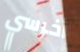
أخرسي